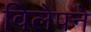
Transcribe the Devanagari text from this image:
विलेपने